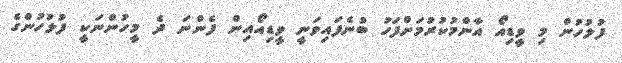
ފުލުހުން މި ވީޑިއޯ އާންމުކުރުމަށްފަހު ބުނެފައިވަނީ ވީޑިއޯއިން ފެންނަ ދެ މީހުންނަކީ ފުލުހުންގެ